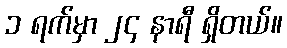
၁ ရက်မှာ ၂၄ နာရီ ရှိတယ်။